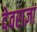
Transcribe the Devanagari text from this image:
देवराज्ञां